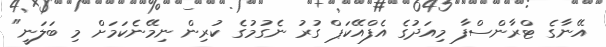
އޭނާގެ ޓްރާންސްފާ މިއަދުގެ އެފްއޭކަޕް ގުރު ނެގުމުގެ ކުރިން ނިމޭނެކަމަށް މި ބަލަނީ"